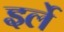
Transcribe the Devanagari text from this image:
इर्ले